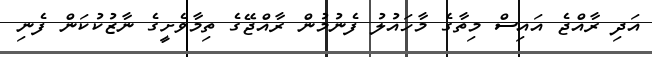
އަދި ރާއްޖެ އައިސް މިތާގެ މާހައުލު ފެނުމުން ރާއްޖޭގެ ތިމާވެށީގެ ނާޒުކުކަން ފެނި